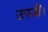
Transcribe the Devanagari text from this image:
उपजीं।